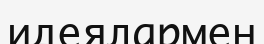
идеялармен